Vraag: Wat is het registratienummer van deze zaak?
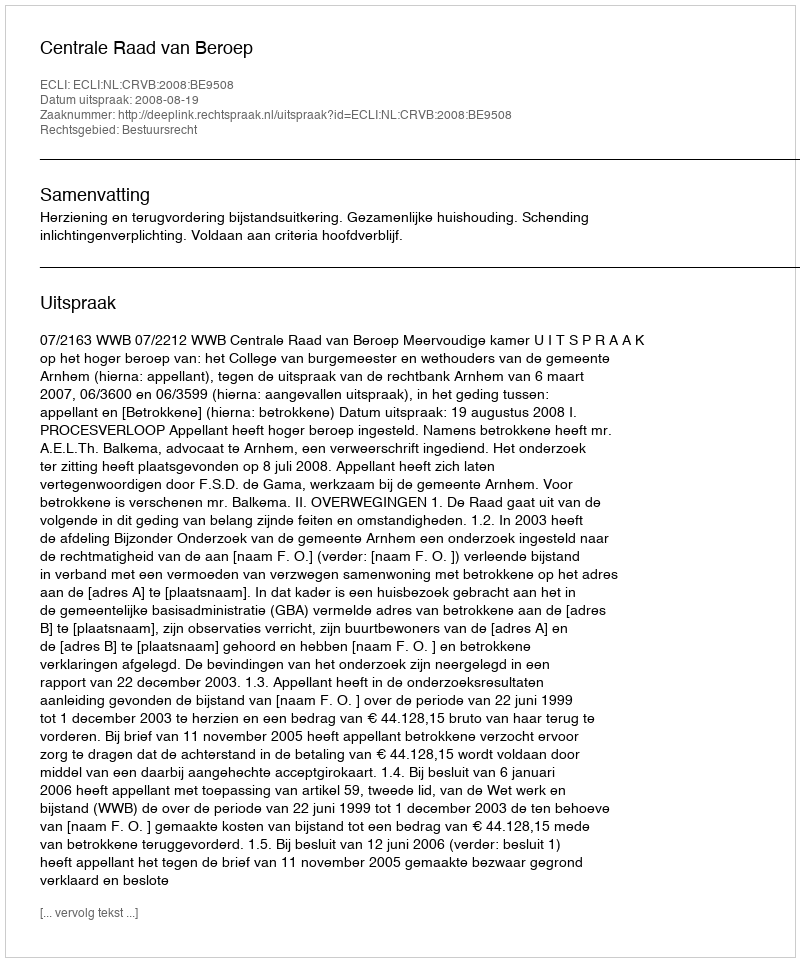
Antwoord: http://deeplink.rechtspraak.nl/uitspraak?id=ECLI:NL:CRVB:2008:BE9508